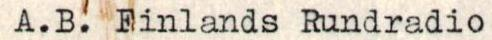
A.B. Finlands Rundradio